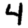
Digit: 4